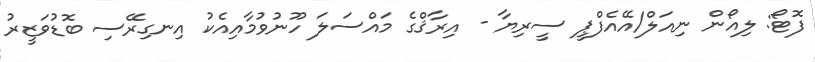
ފޮޓޯ: ލިއޯން ނިއަލް/އޭއެފްޕީ ސީރިޔާ - އިރާޤްގެ މައްސަލަ ހޫނުވުމާއިއެކު އިނގިރޭސި ބޮޑުވަޒީރު